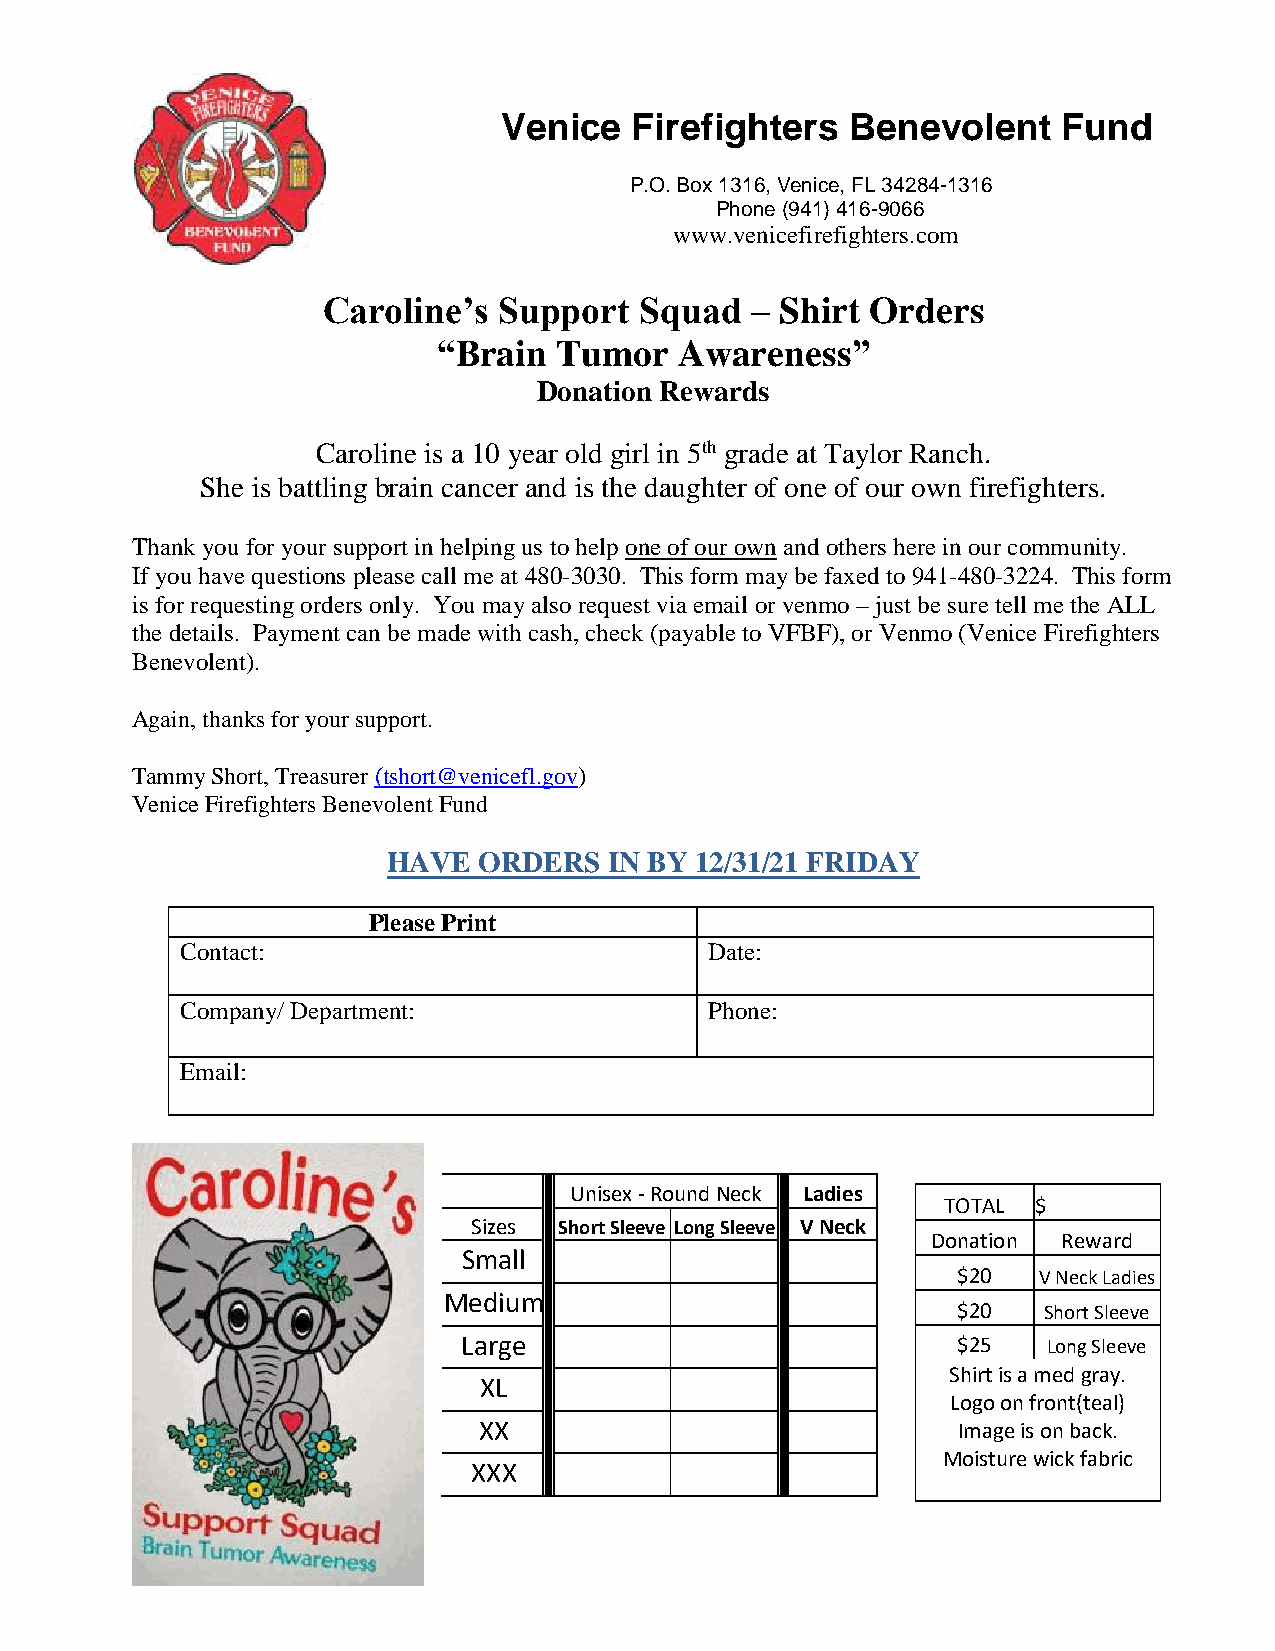
Venice   Firefighters  Benevolent    Fund
 P.O. Box 1316, Venice, FL 34284-1316
 Phone (941) 416-9066
 www.venicefirefighters.com
 Caroline’s  Support  Squad   – Shirt Orders
 “Brain  Tumor   Awareness”
 Donation Rewards
 Caroline is a 10 year old girl in 5th grade at Taylor Ranch.
 She is battling brain cancer and is the daughter of one of our own firefighters.
 Thank you for your support in helping us to help one of our own and others here in our community.
 If you have questions please call me at 480-3030. This form may be faxed to 941-480-3224. This form
 is for requesting orders only. You may also request via email or venmo – just be sure tell me the ALL
 the details. Payment can be made with cash, check (payable to VFBF), or Venmo (Venice Firefighters
 Benevolent).
 Again, thanks for your support.
 Tammy Short, Treasurer (tshort@venicefl.gov)
 Venice Firefighters Benevolent Fund
 HAVE  ORDERS  IN BY 12/31/21 FRIDAY
 Please Print
 Contact:                           Date:
 Company/ Department:               Phone:
 Email:
 Unisex - Round Neck Ladies
 TOTAL $
 Sizes Short Sleeve Long Sleeve V Neck
 Donation Reward
 Small
 $20   V Neck Ladies
 Medium
 $20   Short Sleeve
 Large                           $25   Long Sleeve
 Shirt is a med gray.
 XL
 Logo on front(teal)
 XX                             Image is on back.
 Moisture wick fabric
 XXX